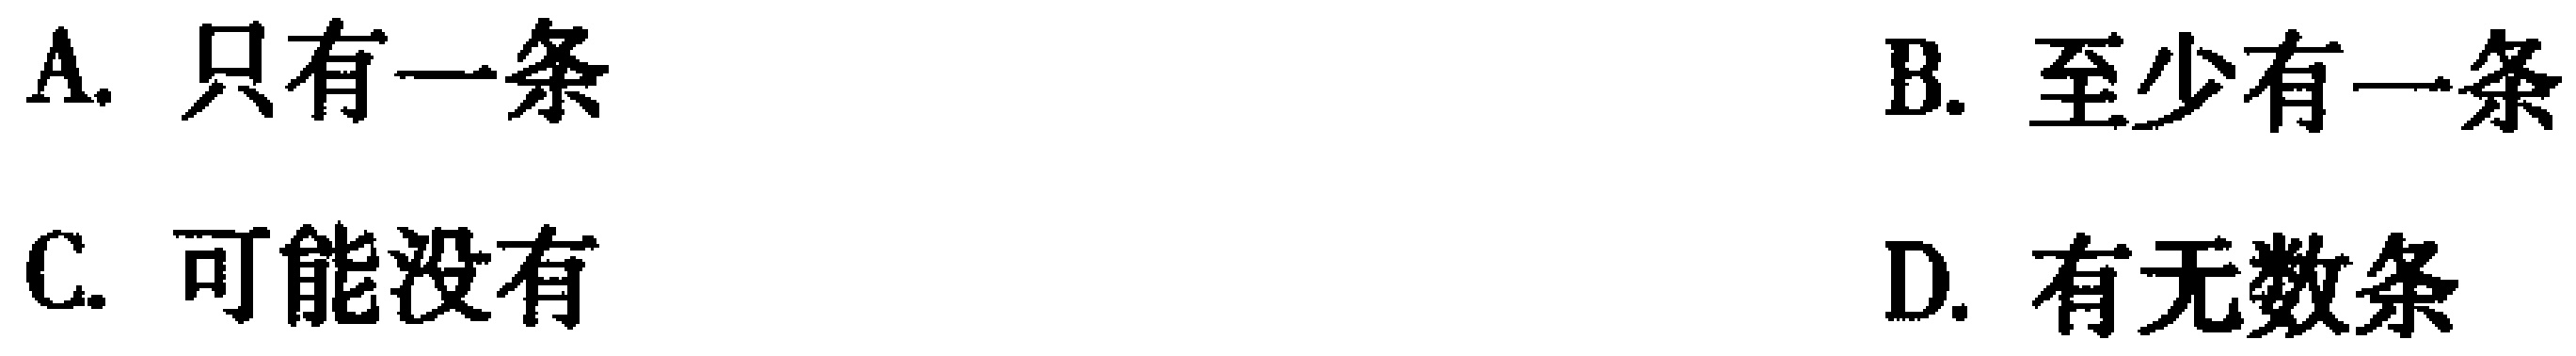
A. 只有一条
B. 至少有一条
C. 可能没有
D. 有无数条